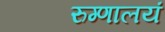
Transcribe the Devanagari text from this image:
रुग्णालयं